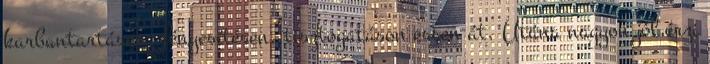
karbantartáson, fényesítésen, tisztogatáson essen át. Utána nagyon jól érzi